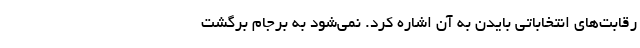
رقابت‌های انتخاباتی بایدن به آن اشاره کرد. نمی‌شود به برجام برگشت